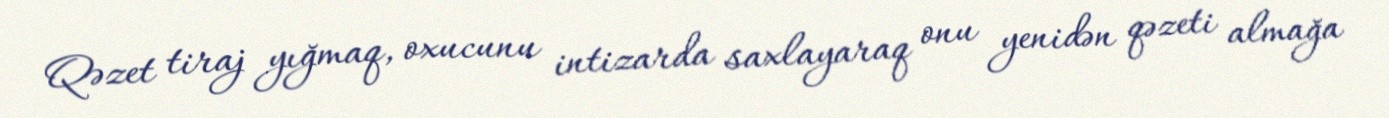
Qəzet tiraj yığmaq, oxucunu intizarda saxlayaraq onu yenidən qəzeti almağa